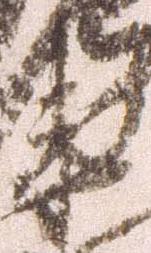
衛